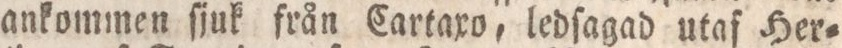
ankommen ſjuk från Cartaxo, ledſagad utaf Her=